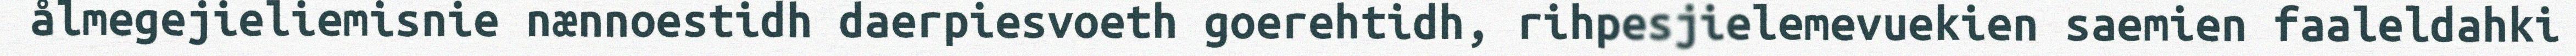
ålmegejieliemisnie nænnoestidh daerpiesvoeth goerehtidh, rihpesjielemevuekien saemien faaleldahki